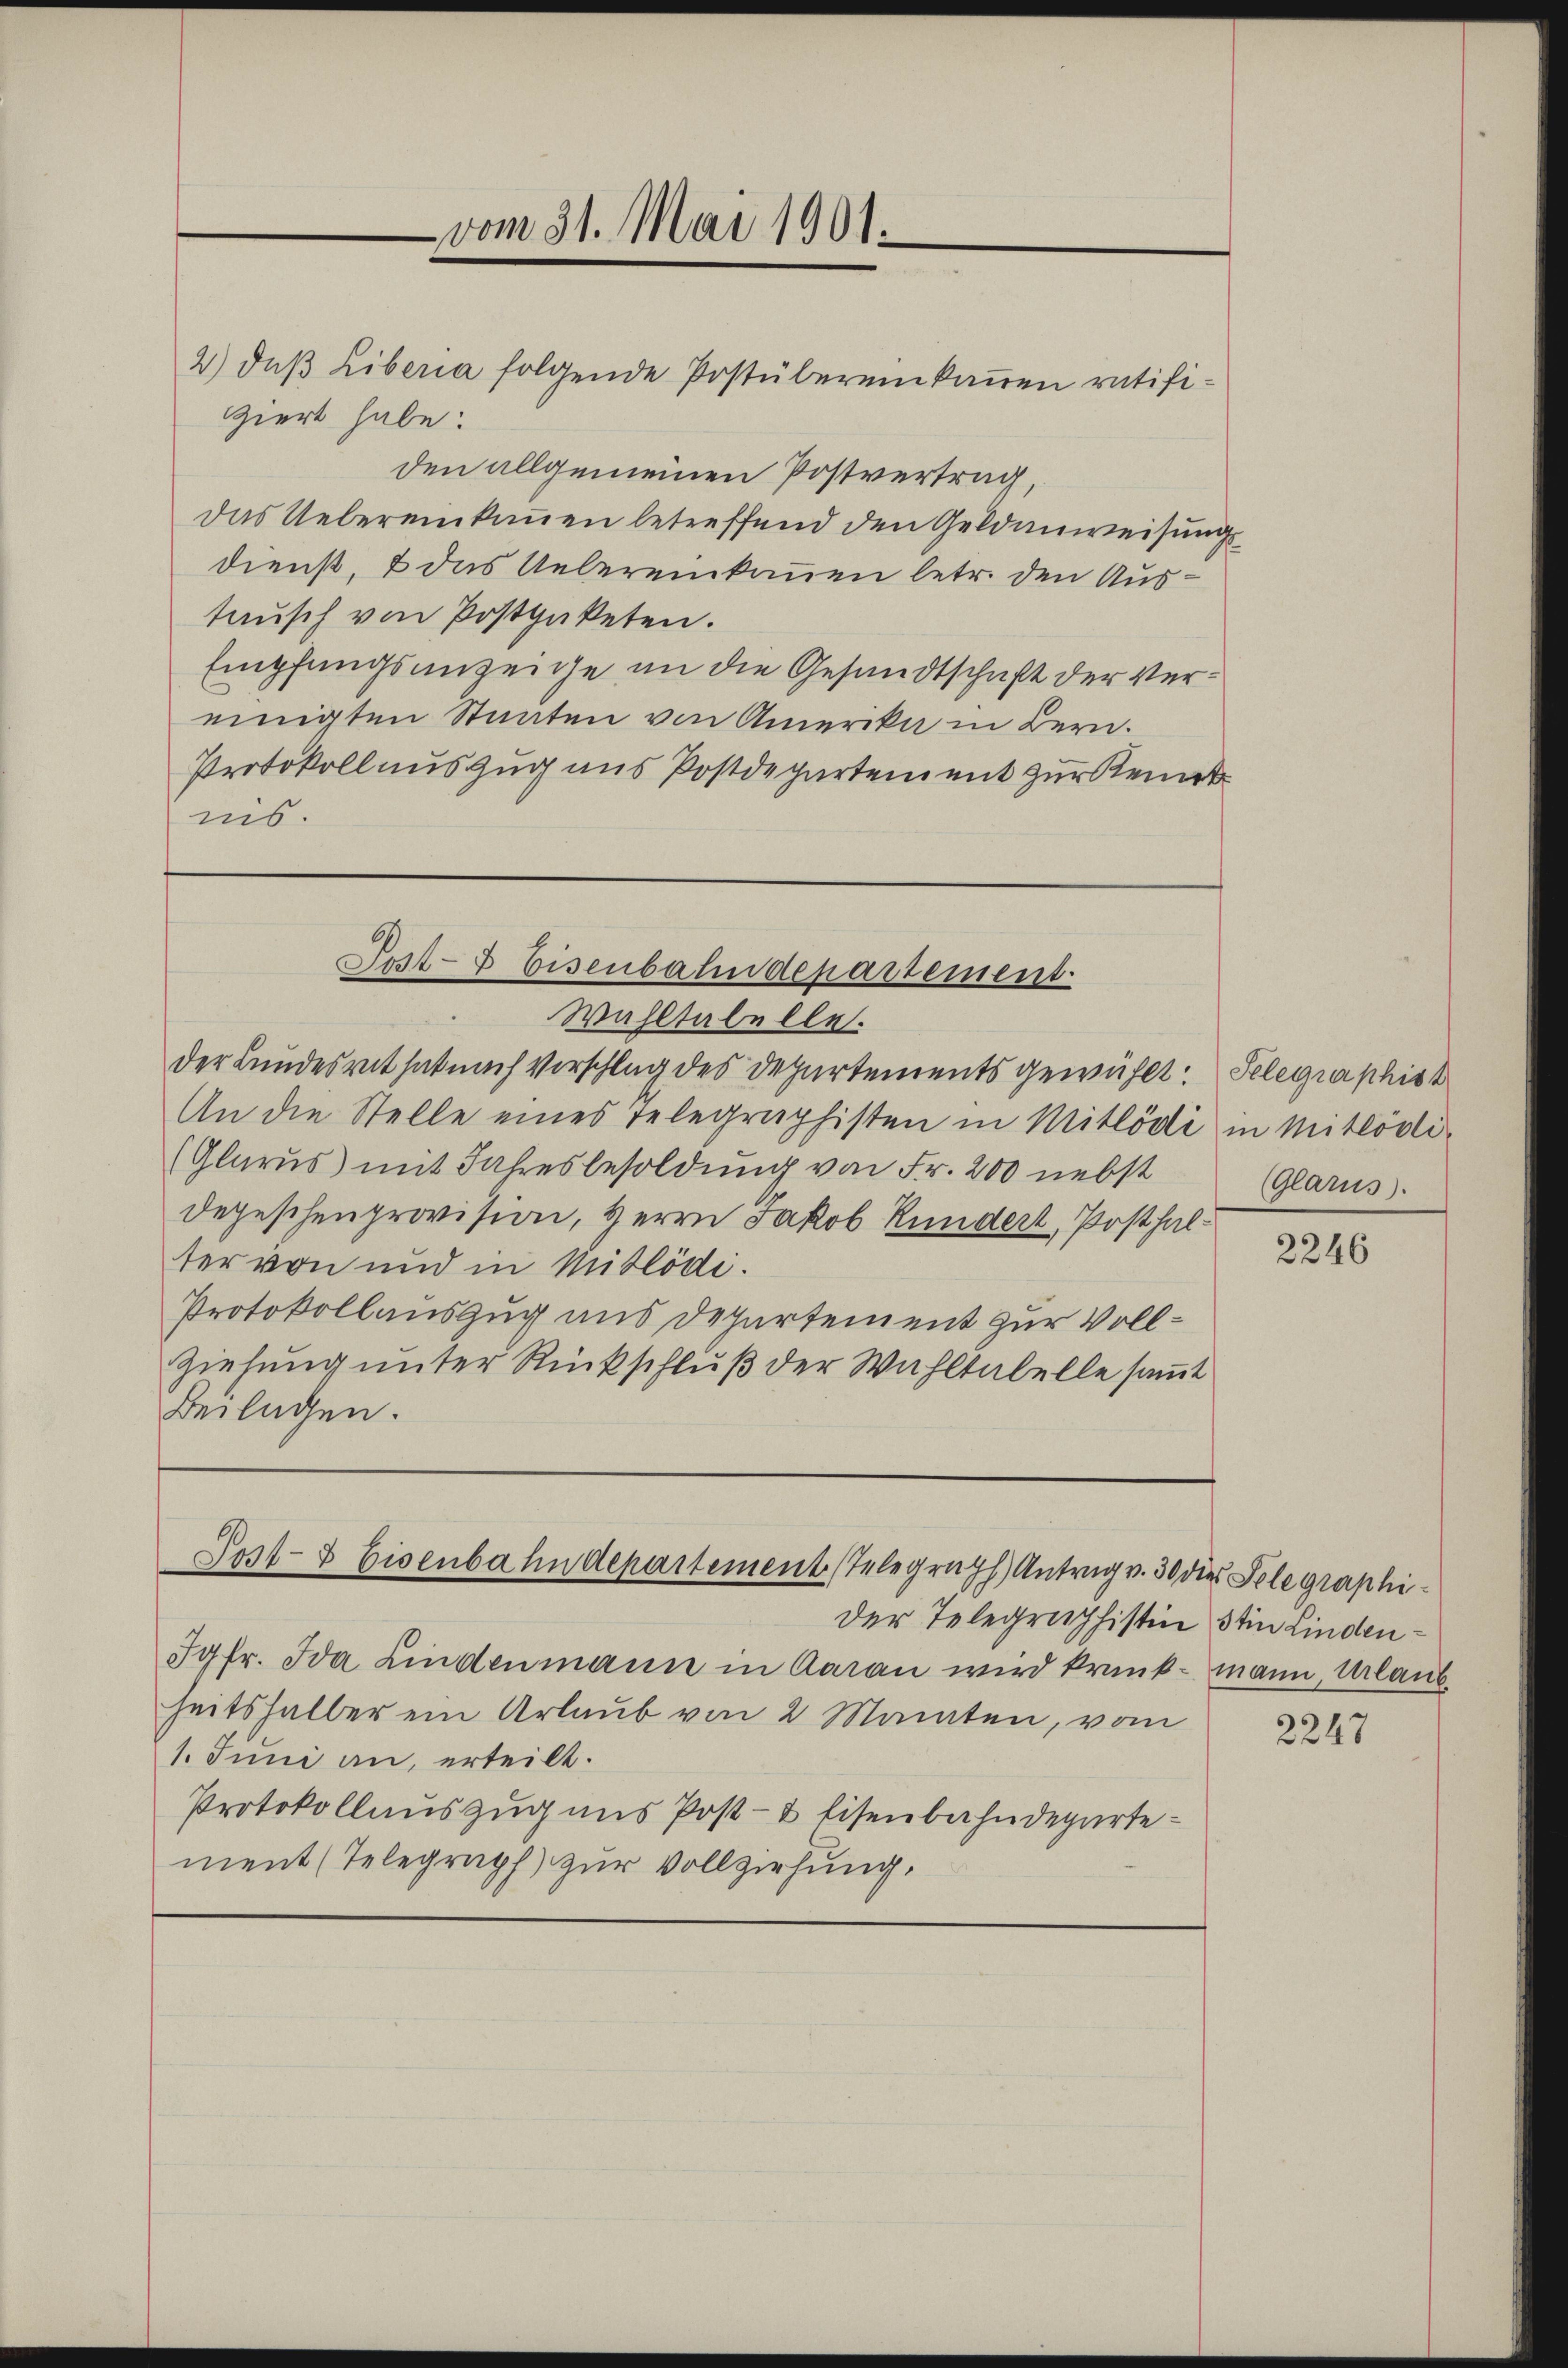
vom 31. Mai 1901.

giert habe:
den allgemeinen Postvertrag,
das Uebereinkamen betreffend den Geldanweisungsdienst, & das Uebereinkanen betr. den Austaŭsch von Postpaketen.
Empfangsanzeige an die Gesandtschaft der Vereinigten Staaten von Amerika in Bern.
Protokoll auszug aus Postdepartement zur Kenntnis.

2) daβ Liberia folgende Postübereinkamen ratifi¬

Post- & Eisenbahndepartement.

Wahltabelle.
der Bundesrat hat nach Vorschlag des Departements gewühlt. Selegraphist
An die Stelle eines Telegraphisten in Mitlödi in Mitlödi-
(Glarus mit Jahresbesoldung von Fr. 200 nebst
Depeschenprovision, Herrn Jakob Rundert, Posthalter von und in Mitlödi.
Protokollauszug uns Departement zur Voll¬
Ziehung unter Rückschluß der Wahltabelle samt
Beilagen.

Post- & Eisenbahndepartement Telegraph Antrag v. 30 die Selegraphi¬

der Telegraphistinstin Linden¬
Jgfr. Ida Lindenmann in Aarau wird krank- mann, Urlaub
heitshalber ein Urlaub von 2 Monaten, vom
1. Juni an, erteilt.
Protokollauszug aus Post- & Eisenbahndepartement (Telegraph zur Vollziehung.

(Glarus.

2246

2247